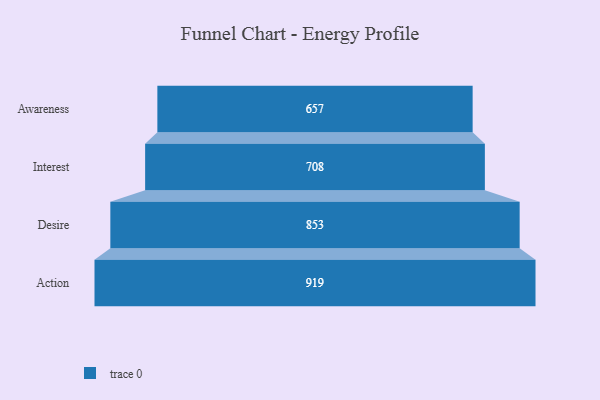
{"axis": {"x": "Stage", "y": "Value"}, "legend": [""], "data": [{"x": "Awareness", "y": 657.0, "type": ""}, {"x": "Interest", "y": 708.0, "type": ""}, {"x": "Desire", "y": 853.0, "type": ""}, {"x": "Action", "y": 919.0, "type": ""}]}